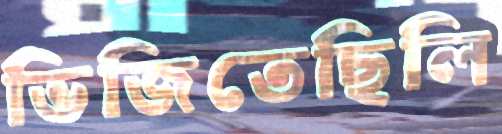
ভিজিতেছিলি